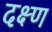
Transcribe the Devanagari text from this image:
दक्ष्ण